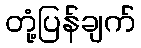
တုံ့ပြန်ချက်